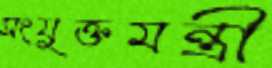
সংযুক্তমন্ত্রী